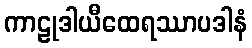
ကာဠုဒါယီထေရဿာပဒါနံ